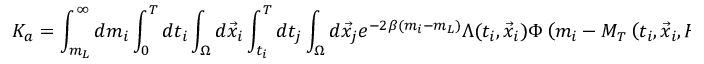
K _ { a } = \int _ { m _ { L } } ^ { \infty } d m _ { i } \int _ { 0 } ^ { T } d t _ { i } \int _ { \Omega } d \vec { x } _ { i } \int _ { t _ { i } } ^ { T } d t _ { j } \int _ { \Omega } d \vec { x } _ { j } e ^ { - 2 \beta ( m _ { i } - m _ { L } ) } \Lambda ( t _ { i } , \vec { x } _ { i } ) \Phi \left( m _ { i } - M _ { T } \left( t _ { i } , \vec { x } _ { i } , { \cal H } _ { i } \right) \right) ,